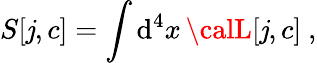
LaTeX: S[\mathit{j},c]=\int\mathrm{{d}}^{4}x\, {\calL}[\mathit{j},c]\ ,